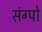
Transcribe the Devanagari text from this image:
संग्पो